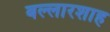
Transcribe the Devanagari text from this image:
बल्लारशाह